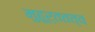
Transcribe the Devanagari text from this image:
मुहूर्ततत्व